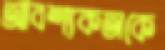
আবশ্যকতাকে